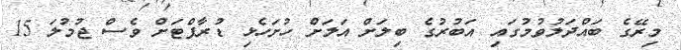
މިރޭގެ ބައްދަލުވުމުގައި އަބުރުގެ ބިލަށް އަލަށް ހުށަހެޅި ޑުރާފްޓަށް ވެސް ޖުމުލަ 15